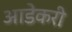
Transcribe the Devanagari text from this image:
आडेकरी